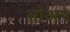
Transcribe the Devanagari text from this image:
सोअप